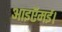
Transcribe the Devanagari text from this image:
आइऍमई।